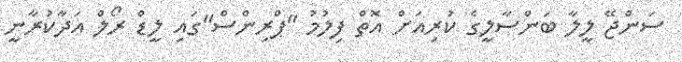
ސަންޖޭ ލީލާ ބަންސާލީގެ ކުރިއަށް އޮތް ފިލުމު "ޕްރިންސް"ގައި ލީޑް ރޯލް އަދާކުރާނީ